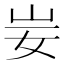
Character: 妛